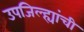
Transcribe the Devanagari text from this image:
उपजिल्ह्यांची